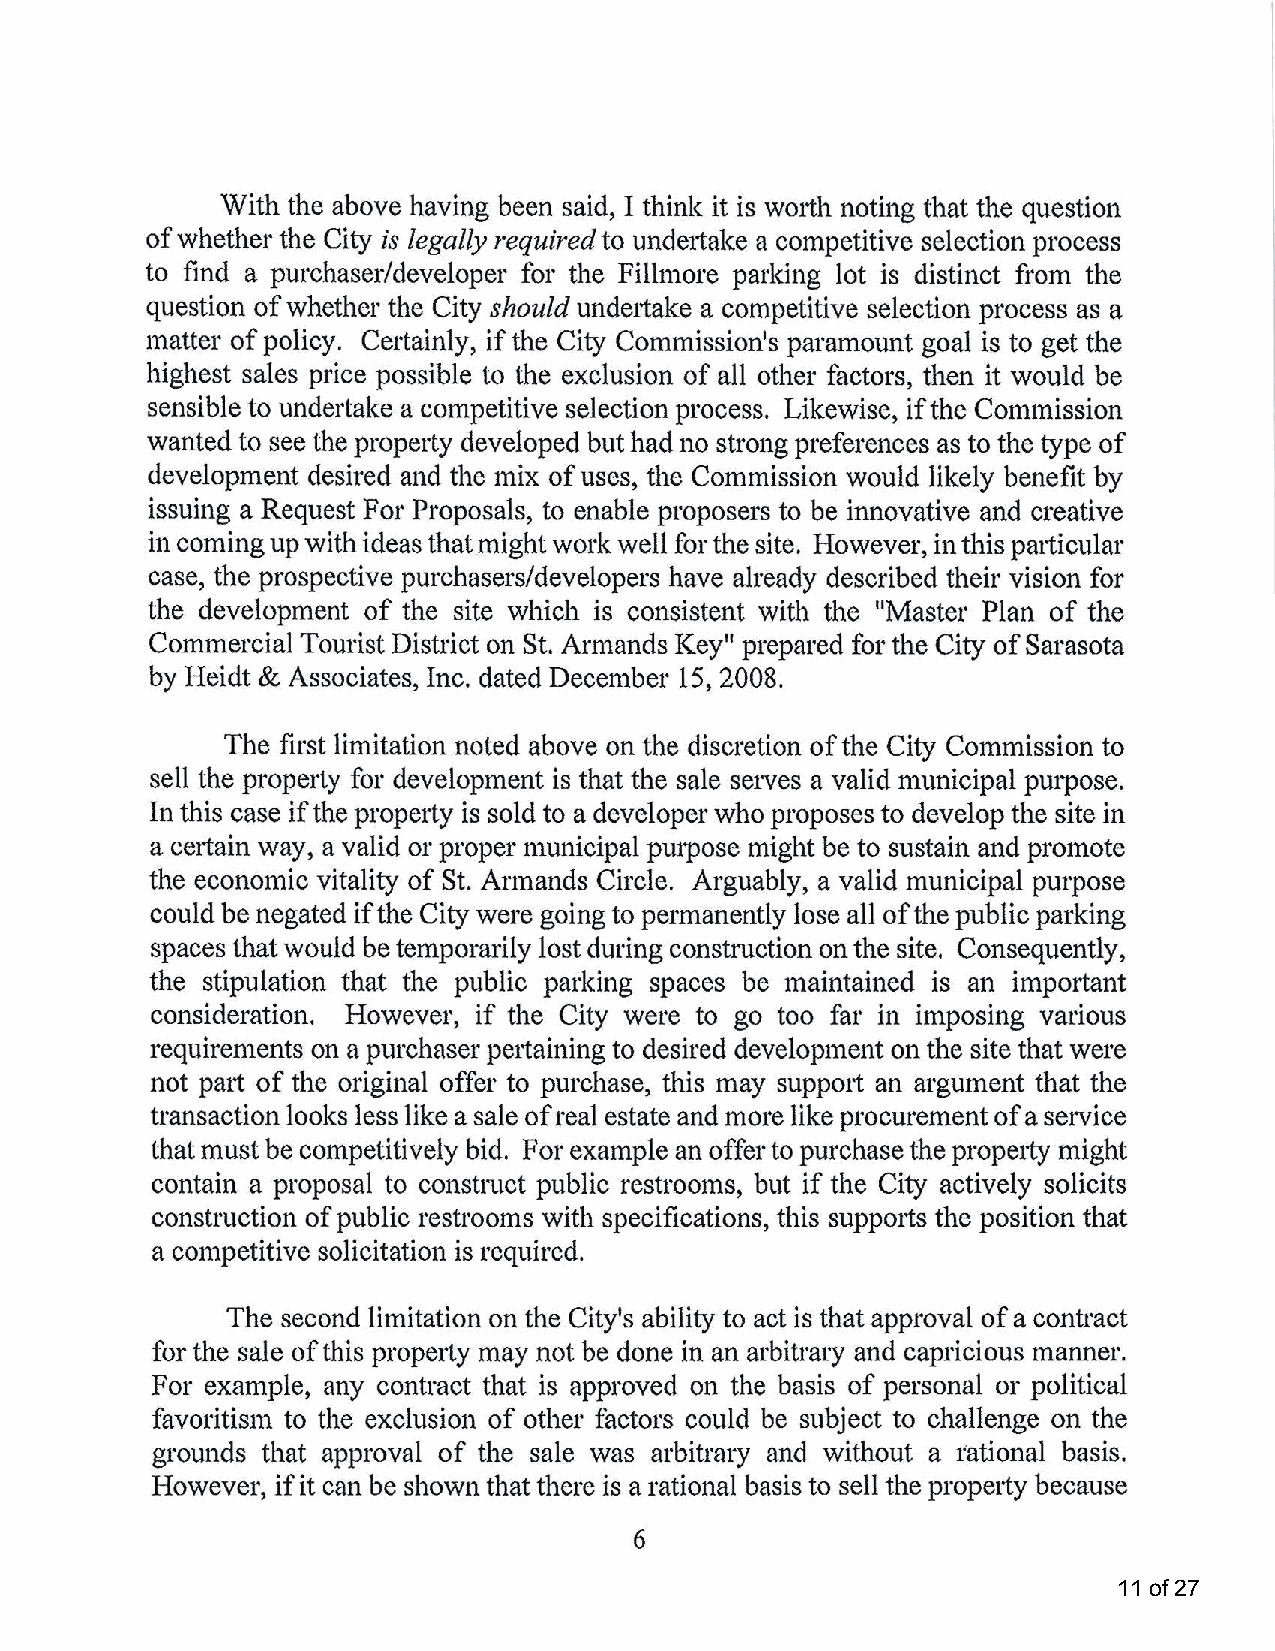
With the above having been said, I think it is worth noting that the question
 of whether the City is legally required to undertake a competitive selection process
 to find a purchaser/developer for the Fillmore parking lot is distinct from the
 question of whether the City should unde1take a competitive selection process as a
 matter of policy. Certainly, if the City Commission's paramount goal is to get the
 highest sales price possible to the exclusion of all other factors, then it would be
 sensible to undettake a competitive selection process. Likewise, if the Commission
 wanted to see the propetty developed but had no strong preferences as to the type of
 development desired and the mix of uses, the Commission would likely benefit by
 issuing a Request For Proposals, to enable proposers to be innovative and creative
 in coming up with ideas that might work well for the site. However, in this patticular
 case, the prospective purchasers/developers have already described their vision for
 the development of the site which is consistent with the "Master Plan of the
 Commercial Tourist District on St. Armands Key" prepared for the City of Sarasota
 by Heidt & Associates, Inc. dated December 15, 2008.
 The first limitation noted above on the discretion of the City Commission to
 sell the property for development is that the sale serves a valid municipal purpose.
 In this case if the property is sold to a developer who proposes to develop the site in
 a cettain way, a valid or proper municipal purpose might be to sustain and promote
 the economic vitality of St. Armands Circle. Arguably, a valid municipal purpose
 could be negated if the City were going to permanently lose all of the public parking
 spaces that would be temporarily lost during construction on the site. Consequently,
 the stipulation that the public parking spaces be maintained is an important
 consideration. However, if the City were to go too far in imposing various
 requirements on a purchaser pettaining to desired development on the site that were
 not pa1t of the original offer to purchase, this may supp01t an argument that the
 transaction looks less like a sale of real estate and more like procurement of a service
 that must be competitively bid. For example an offer to purchase the property might
 contain a proposal to constluct public restrooms, but if the City actively solicits
 construction of public restrooms with specifications, this supp01ts the position that
 a competitive solicitation is required.
 The second limitation on the City's ability to act is that approval of a contract
 for the sale of this prope1ty may not be done in an arbitrary and capricious manner.
 For example, any contract that is approved on the basis of personal or political
 favoritism to the exclusion of other factors could be subject to challenge on the
 grounds that approval of the sale was arbitrary and without a tational basis.
 However, if it can be shown that there is a rational basis to sell the property because
 6
 11 of 27